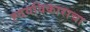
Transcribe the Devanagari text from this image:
ह्दयविकाराचा